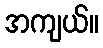
အကျယ်။